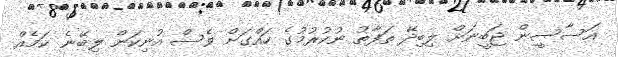
އަސާސީން ޖަބީނަށް ލިބިދޭ ތަފާތު ނުކުރުމުގެ ހައްގަށް ވެސް އުނިކަން ލިބޭނެ ކަމެއް